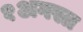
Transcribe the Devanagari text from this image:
१अगस्त